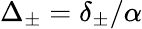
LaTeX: \Delta_{\pm}=\delta_{\pm}/\alpha